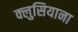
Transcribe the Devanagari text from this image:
क्लुसियाना